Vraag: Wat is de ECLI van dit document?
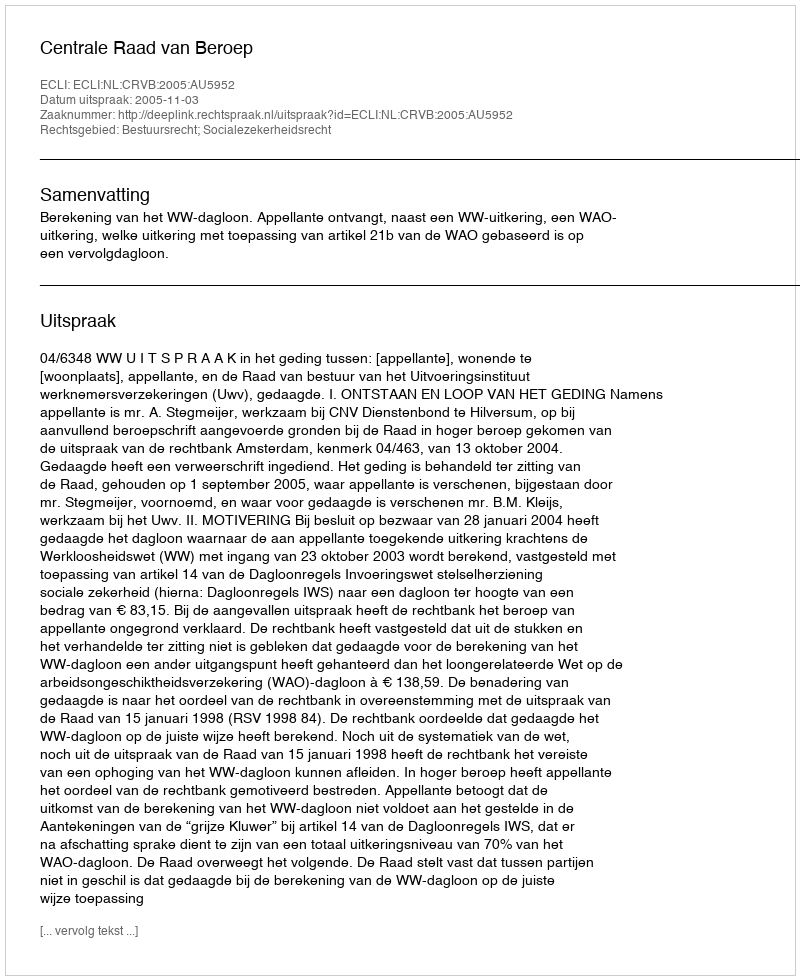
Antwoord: ECLI:NL:CRVB:2005:AU5952